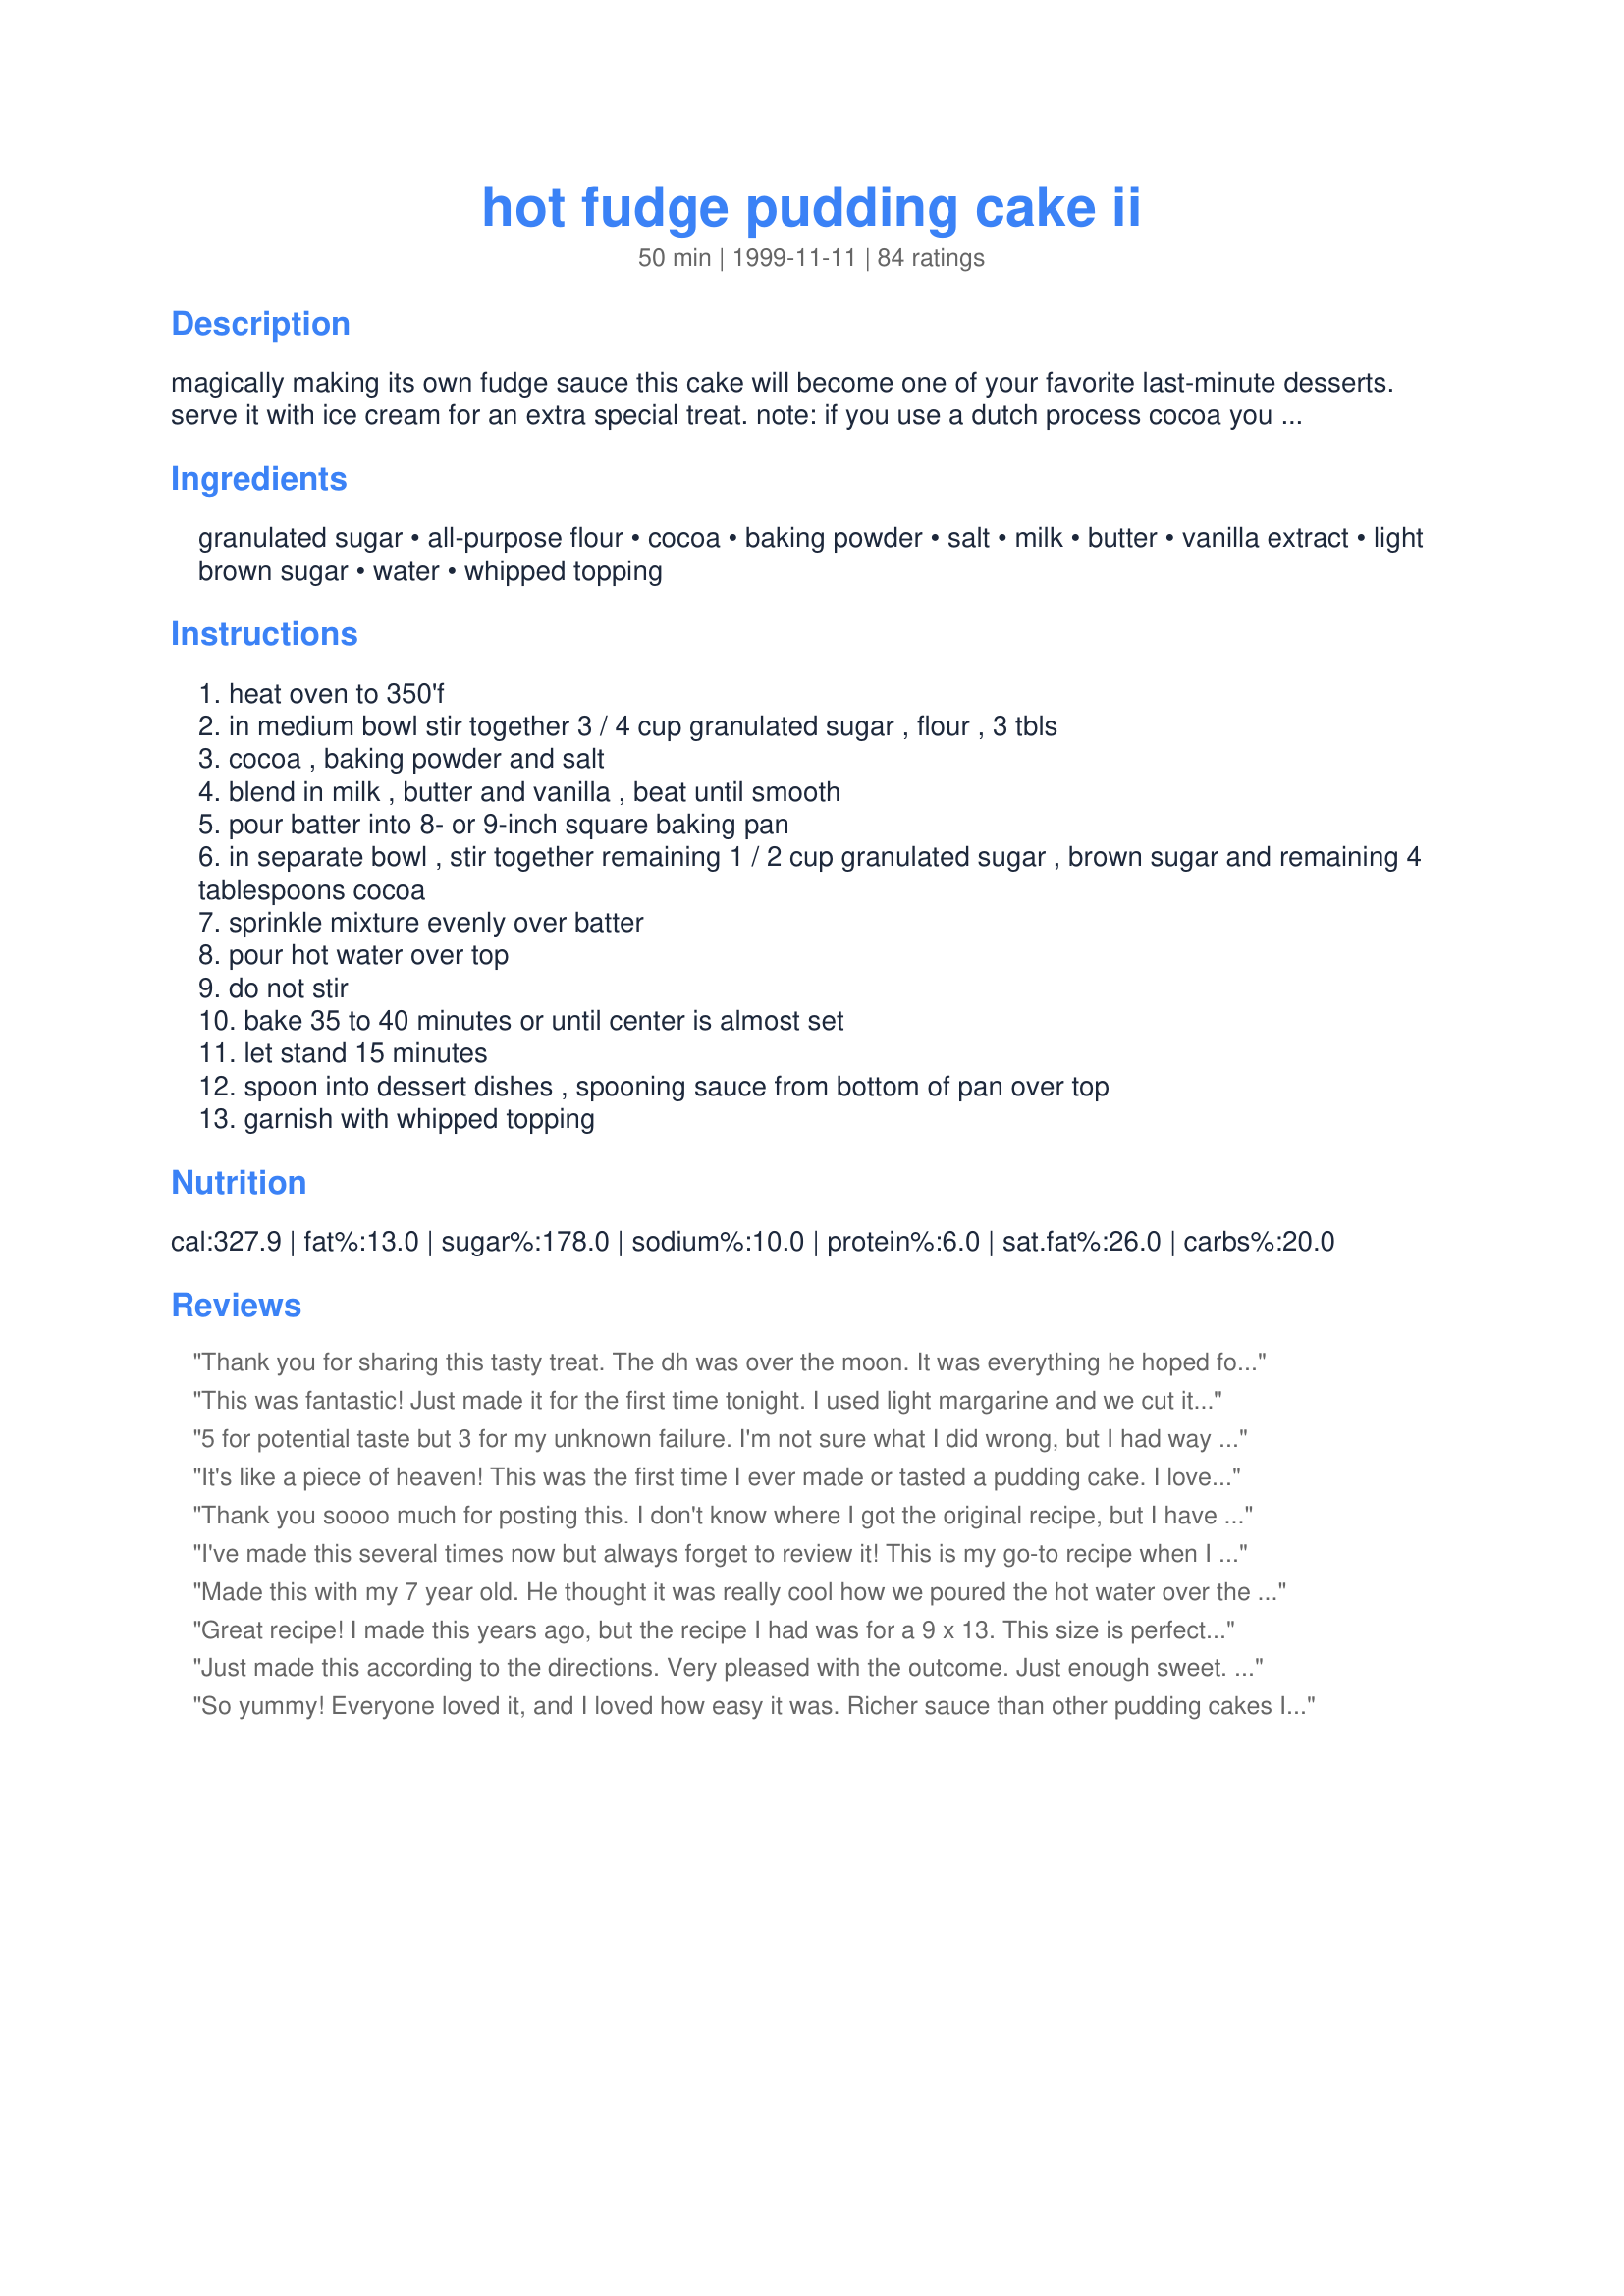
hot fudge pudding cake ii
Preparation time: 50 minutes

magically making its own fudge sauce this cake will become one of your favorite last-minute desserts. serve it with ice cream for an extra special treat. note: if you use a dutch process cocoa you will have a richer, darker result. tip: some reviewers have recommended "baking" this in a crockpot on high for about 2 1/2 hours and then letting it cool slightly before serving. thanks for the tip!

Ingredients:
granulated sugar, all-purpose flour, cocoa, baking powder, salt, milk, butter, vanilla extract, light brown sugar, water, whipped topping

Steps:
heat oven to 350'f
in medium bowl stir together 3 / 4 cup granulated sugar , flour , 3 tbls
cocoa , baking powder and salt
blend in milk , butter and vanilla , beat until smooth
pour batter into 8- or 9-inch square baking pan
in separate bowl , stir together remaining 1 / 2 cup granulated sugar , brown sugar and remaining 4 tablespoons cocoa
sprinkle mixture evenly over batter
pour hot water over top
do not stir
bake 35 to 40 minutes or until center is almost set
let stand 15 minutes
spoon into dessert dishes , spooning sauce from bottom of pan over top
garnish with whipped topping

Reviews:
Thank you for sharing this tasty treat. The dh was over the moon. It was everything he hoped for and more. The cake was light, spongy and flavorful and the sauce was smooth and silky and so chocolately. It was quick and really easy to make. This has gone into the keeper box. Made for What&#039;s On the Menu? Tag Game 2015.
This was fantastic! Just made it for the first time tonight. I used light margarine and we cut it into 12 servings which, if the former nutrition calculatons were correct, made ours 218 calories and under 2 grams of fat per serving (due to the light margarine). I also made my own baking powder, because the stuff you buy has aluminum in it, which we've been avoiding. For those interested, it's extremely easy to make. You just use two parts cream of tartar to one part baking soda. It was great!
5 for potential taste but 3 for my unknown failure. I'm not sure what I did wrong, but I had way too much sauce. There's was virtually no cake. The pieces of cake that floated on the top were very good though. Hubby and I ate what we could. I will make this with less water and see if that helps.
It's like a piece of heaven! This was the first time I ever made or tasted a pudding cake. I love hot fudge topping, so i thought I'd try this recipe. I wouldn't change a thing! This tastes the best when warm with whipped topping or ice cream on top.
Thank you soooo much for posting this. I don't know where I got the original recipe, but I have made this several times and my family went nuts over it. Then I lost the recipe! It is great served warm with a scoop of vanilla ice cream or Cool Whip! YUM! My family thanks you :)
I've made this several times now but always forget to review it! This is my go-to recipe when I need an easy chocolate dessert. I usually always have the ingredients on hand and everyone is always blown away by the taste and the sauce! We serve it warm with ice cream. YUM!
Made this with my 7 year old. He thought it was really cool how we poured the hot water over the cake! Great idea. The batter turned out to be a little too thick to pour on the baking pan, but we were able to spread it without too much trouble. Super moist and gooey.
Great recipe! I made this years ago, but the recipe I had was for a 9 x 13. This size is perfect, since there are only 2 of us!
Just made this according to the directions. Very pleased with the outcome. Just enough sweet. It DOES make a fudge sauce. Easy to plate. Looks great in glass compotes with a topping.....gave family the option to add whipped cream, ice cream, cocoa sprinkles, peppermint chips, mini-chocolate chips, and walnuts. The list could probably be much longer...peanuts, pecans, caramel, etc. Will make again. Easy and decadent.
So yummy! Everyone loved it, and I loved how easy it was. Richer sauce than other pudding cakes I've made. Can't wait to try dutch process cocoa! Thanks for sharing the recipe!
This was excellent. My stepdaughter wanted something chocolatey so I allowed her to make this using my good dutch cocoa from the Netherlands. It was sinfully rich. Best while it's warm served with vanilla ice cream.
This is exactly the same cake that my mother would make when I was very little. This has brought back many memories and added a couple of pounds.
not chocolaty enough? are you KIDDING ME????? this rocks with plain ole' vanilla ice cream... GREAT for a quick dessert to throw together - i'm with you on the dutch process cocoa.
I was dying for something chocolate and this was perfect for that craving! It was so easy to put together and just threw it in the oven while we ate dinner and oooohhhhh..... Thanks alot, my craving was satisfied!
This was way too sweet and not chocolate-ly enough. I liked the ratio of cake to gooey hot-fudge, but would reduce the amount of sugar and increase the amount of cocoa and maybe add another form of chocolate (melted bittersweet maybe).
I have no idea how this could not be chocolately enough. I thought it was absolutely wonderful.
I accidentally turned the oven off when I was done cooking my main course, so it sat in a oven that went from 350 to 160 over the course of 40 minutes. I let the oven come back to temperature and put it in for about 20 more minutes at 350 and it came out perfectly. Served with ice cream and it disappeared quickly.
This is a lovely cake and the best part is that its EGGLESS and so, even my vegetarian guests could eat this and share in our pleasure. The best part is that even my picky eater brother, Manav, said that this was out of the world! I baked this for 45 minutes in my oven. It came out great. I put an edible Barbie on it and the kids were kissing me for forever! Thanks for a lovely recipe and I'll definitely make this again.
Great! Best Hot Fudge Cake recipe I have tried, it has replaced my old one. Had it thrown together by the time the oven preheated.
mmmm, that's all I can say! Quick, easy and good. Something different other than the typical brownies! Must be served with ice cream!
This will be a family favorite. TGhe chocolate sauce this makes is terrific.
Really good! it was eaten fast!
I was a little skeptical about making this but it turned out great. it was a slight bit rich for my taste but my husband, who is a chocoholic loved it. it was soooo easy!
OMG!!! This was soooo good! I almost made myself sick with eating so much of it! So simple too! Thanks for posting- this will be my new go-to choco-holic sweet!
Thank you Jo Ann.
This is so yummy. It is easy to make. A no fuss pudding in the true sense of the word. Just what I like after a busy day when you need comfort food to lift your spirit. Eating this, you are able to say "Mmmmmm" and float into pudding heaven and forget the rotten day you had. Try it. You'll love it.
100 STARS!!!! I needed a quick to throw together dessert tonight when we had company over and opted for this. What an excellent choice! Not only was it easy but there was only 2 dishes to wash up and it was SO impressive. My other half's friend couldn't believe I'd actually made it myself. This is a rich and decadent dessert that will please pretty much anyone who likes choocolate. A definite keeper and a recipe I know I will turn to again and again. Thanks Marg!!!
I have been making this for a long time. It's not the healthiest dessert but it won't break the calorie bank either. Because it is so rich, a small serving with a small scoop of frozen vanilla yogurt suits me fine. It is great for those last minute guests and it makes your home smell incredible! I mix it up right up in the pan and use vegetable oil instead of the butter.
Wanted something chocolate because I had a craving and only had cocoa powder to use...this was excellent. Followed the recipe exactly for the crock pot instructions, but I added to the cake batter portion 1T good ground coffee. So easy and so delicious. I might have to have a chocolate craving more often.
We served this with ice-cream to 9 adults. It was perfect. Our dinner guests took the printed recipe home!
Yummy! This is the perfect treat for a cold day (or any day, for that matter) :)
 The "fudge sauce" tastes like warm chocolate pudding. Soooooo good! The "cake" part is very good, too.
 I made this as a treat for my picky SO and he LOVED it. Sweet, but not "overly sweet". Perfect! We had ours "as is" with no additional topping. I'm sure it'd also be great with whipped cream or ice cream. A keeper in this house! Thank you sharing this recipe :)
(Re-doing my review since my first one didn't show up in its entirety.)
I scale this down to fit small round Pyrex bowls and then serve right in them. Very yummy and fast to make. Best with a scoop of ice cream on top! Using sifted cake flour gives a great texture as well. Thanks for this great recipe.
A chocolate lover's dream!!! This was delicious! I followed your directions exactly and wouldn't change a thing. I severed it over vanilla ice cream! What a treat! Thanks for sharing!
Huge rave from everyone at home!!! The first time I followed the directions accordingly and found the chocolate sauce to be overcooked (pudding-like). Anyway, the flavour was out of this world!!! The cake was great both warm and cold. :-P
The second time I substituted melted butter with cooking oil. It still turned out perfect. I'll be making this over and over again. Mthks for sharing...
Wow, this stuff is WONDERFUL! My family and I loved it. I will definitely be making this again :)
Delicious! This was so easy to throw together and is so good! I halved the recipe (I couldn't decide between this and another dish and decided to make small dishes of them both), but after my first bite of it, I wished I'd made the whole thing. I will definitely be making this again! Thanks for a great recipe, jb!
We make this a couple times each month. Soooooo good!! One word of caution - when you take it out of the oven, the pudding part may look really runny. DO NOT put it back in the oven - it will burn!! (I made this mistake the first time I made it!) The pudding will set pretty quickly after it is out of the oven. This is beyond delicious, especially with a scoop of vanilla ice cream on top!
This was good, but I expected it to be outstanding (based on the reviews) and it wasn't. I made it for 5 people, and nobody loved it. They all said it was good, but that it was missing something. Maybe it could have been a little sweeter. I loved that it cooked in the crockpot, freeing up the oven for dinner, and I loved that it was warm and gooey, like a brownie. But unfortunately, everyone here had the same reaction. I think if we could tweak the sugar a bit, we would love it next time. Thanks for an easy, gooey dessert, we will try again!
Thia is a really great recipe. It's so simple, yet so good! Very easy to throw together before dinner is ready. Be sure to wait the 15 minutes before cutting it. I cut it a little too soon & the fudge sauce ran out all over...still taste awesome though.
A great recipe..I had made one like this years ago but had misplaced the recipe and was glad to find this one. Served it with ice cream and topped it with some Peanut Butter Fudge Sauce (zaar recipe #39088). It was excellent!
this was amazing even my mom who dusnt eat chocolate loved this it was so good truly outstanding i made it twice in a week its so good but sumhow i prefered it the second time when the cake was perfectly baked n not almost set as the recipe says but thats a personal preference this way its like a pefectly baked cake with icing n its so good wen warm neverthless its a perfect cake i mean i wud truly avoid icing cakes now bcos thid has it all cake pudding fudge glaze n truly delicious thank u so much !!!!
Oh my gosh! This was amazing! Very easy to make, and delicious results! I spooned a little ice cream on top, and then got lost in the it! :-) When I was making it, I did find that I couldn't really "pour" my mixture into the pan; it had the consistency of cookie dough. I'm not sure if I'm just being too picky, or if I did something wrong, but it still turned out fantastic! Thank you for sharing this wonderful recipe!
We've been making this for years so I had to rate it five stars for having been a family favorite for so long. Goes great with vanilla ice cream. Thanks for posting!
Mmmmmmm...this is delicious and very simple to make! Based on another review, I added an egg to the pudding, and it came out quite fluffy. I also added one more tbsp of cocoa to the pudding, and I'm glad I did. Thank you!
Yum. Served it with vanilla ice cream and it went down extremely well!
WOW!! This is awesome!! Great chocolate taste and easy to make, too! I wouldn't change a thing. Thanks for the great recipe, Marg!
The best chocolate pudding ever!!! ???
this recipe is very much like a dessert my mother used to make. very good, and easy too.
I have been making this for years and I LOVE IT! FYI you can make it in your crock pot. I spray the crock pot with non stick coating and then follow the directions as stated. Put it on for high for 
1 1/2 -2 1/2 hours on HIGH. I serve this with a good vanilla ice cream but my favorite way to eat it is cold for breakfast the next morning when the sauce is all thick and fudgy (like a really rich underdone brownie)! I know....wierd! Thanks for posting a real winner of a recipe!
I have to admit I was a little hesitant as I was making this, but followed the directions exactly. All I can say is WOW! Great cake and the sauce really puts it over the top! Thanks for sharing this.
I just made this using Splenda instead of the white sugar. I would have tried it with the brown sugar blend as well, but I was out. It turned out excellent! I served it with no sugar added vanilla ice cream and my 13 year old son was actually licking his bowl once it was gone! Thanks so much for sharing this easy, delightful recipe!
Thank you for your recipe.
Mmmm
Wouldn't change a thing. Pairing this with Strawberry Ice Cream really takes it over the top.
Wow! This is great and so different! A sundae in a pan just waiting for some ice cream! I baked this in an 8-inch round pan for the same time, using only 1 cup of water to make it fit, then spread some pecan cream filling from Recipe #26188 over the top. It was a big hit, thanks!!
My favorite dessert of all time!! I have tried a couple other recipes and some of them have a flour-paste taste to the cake, but not this one. A smooth dense chocolate flavor. Add a dash of Cinnamon for a little spice, YUMMY!!
This cake turned out fabulous! I doubled it and made it in a 9x13 pan and it turned out just perfect! For how simple the recipe was, it was like a gourmet treat! I used regular ol' cocoa powder and a sifter to sprinkle on the top layer.
I really liked the gooey-ness of this but I was alittle disappointed with the taste of the cake. My 7 year old and 12 year old enjoyed this so we combined our opinions and gave it a four.
Thank you so much for this recipe! I am NOT a baker (just ask my kids) but I made this for Thanksgiving and everyone loved it. Easy, quick and sinfully delicious... it's definitely a keeper.
I LOVE CHOCOLATE...but there was something missing. I loved the gooyness and it baked beautifully. But it was somewhat bland to me and my friends. We were a bit disappointed with the flavor. I will try it again tho, with some tweeks.
It is so perfect and smells so good. It is so simple to make and it makes such a great dessert for the cold winter months. No changes, just perfect as it is!
Couldn't find dutch processed cocoa so I used Ghiradelli cocoa; it was not sweet at all. I brought it to a party, and everyone was disappointed. I ended up throwing the entire thing away. How embarasssing.
my husband and kids LOVED this cake. We served it warm with vanilla ice cream. Super easy and VERY gooey!

editted to add-- I made this x4 in an 18 qt roaster-- came out great
Wonderful!
I used less sugar maybe a total of 3/4 cup. The smell while baking was amazing. This taste great but we would have like more chocolate sauce. Thanks Marg :) Made for Name that ingredient tag game
This was awesome. I added 1/4 tsp. cinnamon to the powdered mixture. First time ever having something like this. Very easy to put together too. Thank you.
Awesomeness! I made this as a birthday cake because my MIL loves chocolate. A big hit. Thanks!
This is always, always, always GREAT!!! I like to pop it in to bake, while we're eating dinner, then it's ready and hot when we're ready for dessert. Best served with a little scoop of vanilla ice cream. But fantastic on its own too!
AWESOME!!!! Jen, this is such a great comfort food treat -- rich, delicious and so easy! Our family all just gobbled it down. I hate for the New Year to come so I have to go back on low-carbs, lol. Thanks for sharing your grandma's recipe.
It had too much sugary topping. I have another pudding cake recipe I like better. This was just too sweet (for my taste).
I made this for a get together at our home. It looked exactly like the picture. It was wiped out in no time. The crowd loved it. I felt that i used the wrong sized baking dish - it didn't overflow but the gooey sauce was not visible until we dug into it.. I myself was not particularly too fond of it. I don't have much of a sweet tooth so I shouldn't go by what I feel. Thanks for the recipe
This was fantastic!!!! I followed the recipe as directed, and it was soooo good! My kids loved it! It was easy so I will be making it often! Thanks for a great recipe!
I tried this recipe when I couldn't find my mom's recipe for this. I really didn't care for this version. It didn't rise - it was really flat. I now add one egg. It makes a much fluffier cake.
This is super-rich and very decadent! It was almost better the second day after being in the frig all night served chilled with lots of cool whip!
As strange as it seemed, this did make its own sauce on the bottom! However, I was disappointed because the sauce was so thick that it was gummy, and the top part was like not-very-good chocolate cake. However, I baked it then took it to a friends' house and reheated it for 30 min. before dessert, and maybe that dried it out. May be worth another try.
Very good, rich, and chocolaty. I agree with some of the other readers and reduced the water to 1 cup and still had a little too much sauce. Next time I'll try reducing it even more to, say 3/4 cup. I will definitely make again.
This recipe is addicting! I think I made it every week for a month after making it the first time! So good with ice cream. Love it! Yumm!
This turned out surprisingly well, considering it looks quite a mess going into the oven! The fudge sauce at the bottom of the cake was smooth and delicious.
I found this cake thanks to a reply for a recipe request from chef#27783. I had been looking for a cake like this for ever and I made it right away as soon as I saw it (well...i did have to go to the store for a few things, but it was almost right away) this was soooo good! thanks so much for posting. i will be making this a lot!
I made this last night for our Rosh Hashanah dessert. It was so delicious and got rave reviews from everyone. It's yummy warm with vanilla ice cream and it's also yummy straight from the fridge the next day (okay, I confess, it was morning - I had a small piece for breakfast - lol). The chocolate sauce thickened and the brownie crust got chewy and crunchy. Soooo good! I wish I could give it 10 stars. Thank you for sharing Marg.
This was GREAT! Very quick and very chocolaty. Our whole family enjoyed it with some homemade vanilla ice cream on top.
I made this for my husband's birthday - fantastic. My only complaint is that it's hard to stick candles in this cake ;)
My mother made something like this when I was a kid, so it's comfort food for me. Sweet but delicious. I think it's better without the whipped topping. It's also good cold. Prep time is no more than 10-15 minutes. Bob Keslow
I can't believe I haven't rated this already. I've tried this a few times and it turns out great. I use wholemeal flour, add 2 tbsp instant coffee to the boiling water and increase water to 1 1/2 cups (I find flour in Australia is a little more thirsty). It's a winner, a recipe that is going in pass onto my kids file, thanks for sharing
Very good. This can be put together so quickly and it tastes wonderful. A big scoop of vanilla ice cream just puts it over the top!
OH My how yummy and inexpensive! I will be making this on my OBX trip next week!
I've been making this dessert for years, and we've always loved it. With a lasagna taking up my oven space today, I followed another reviewer's suggestion to "bake" this in the crockpot. The cake was moist, the pudding was smoother and creamier than the oven version, and nobody could believe this was the same recipe. I will NEVER bake it in the oven again. (I cooked it on High for 1-1/2 hours and then turned it off for about 10 minutes before serving.) Delicious!
